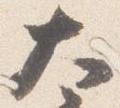
大